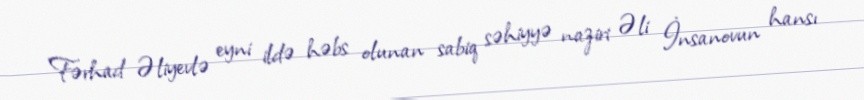
Fərhad Əliyevlə eyni ildə həbs olunan sabiq səhiyyə naziri Əli İnsanovun hansı